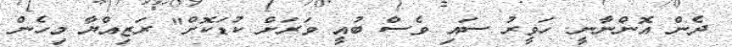
ދެން އޮންނާނީ. ހަވީރު ސައި ވެސް ބުއީ ވަރަށް ކުޑަކޮށް" ރަޒިއްޔާ މިހެން